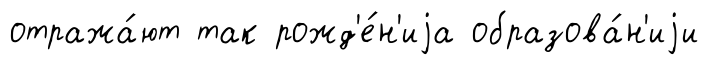
отража́ют так рожд'е́н'иjа образова́н'иjи